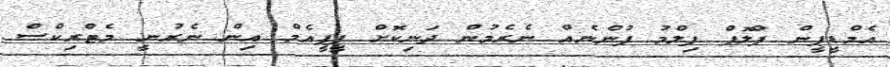
އެމްޑީޕީން ފްލޮޕް ފިލްމު ފުންނެއް ނެރެމުން ދަނިކޮށް ޕީޕީއެމް އިން ނެރުނީ މެޓްރިކްސް